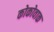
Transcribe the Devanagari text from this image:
कोकोवाक